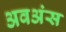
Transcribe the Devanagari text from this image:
अवअंस